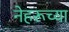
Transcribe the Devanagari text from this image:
नेहरूच्या